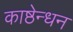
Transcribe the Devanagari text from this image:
काष्ठेन्धन